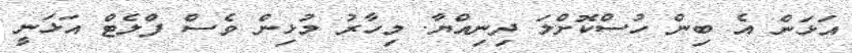
އަޅަން އެ ބިން ހުސްކޮށްލަ ދިނިއްޔާ. މިހާރު މުޅިން ވެސް ފްލެޓް އަޅަނީ